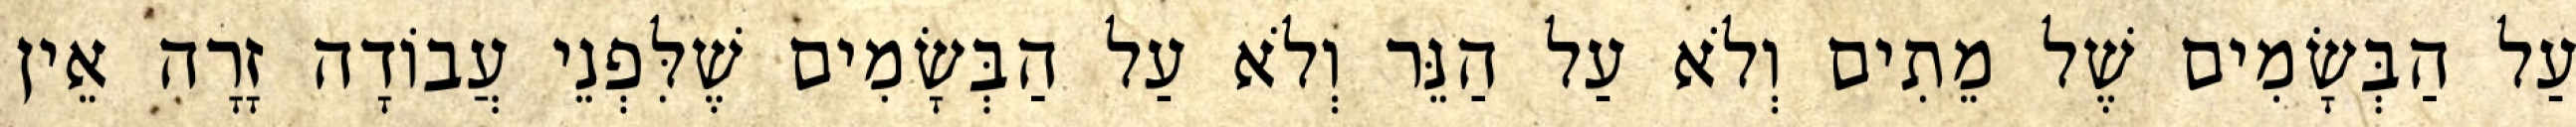
עַל הַבְּשָׂמִים שֶׁל מֵתִים וְלֹא עַל הַנֵּר וְלֹא עַל הַבְּשָׂמִים שֶׁלִּפְנֵי עֲבוֹדָה זָרָה אֵין